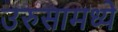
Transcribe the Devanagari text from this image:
उरुसामध्ये